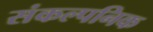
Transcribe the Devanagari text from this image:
संकल्पनिक